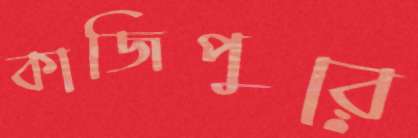
কাজিপুরে